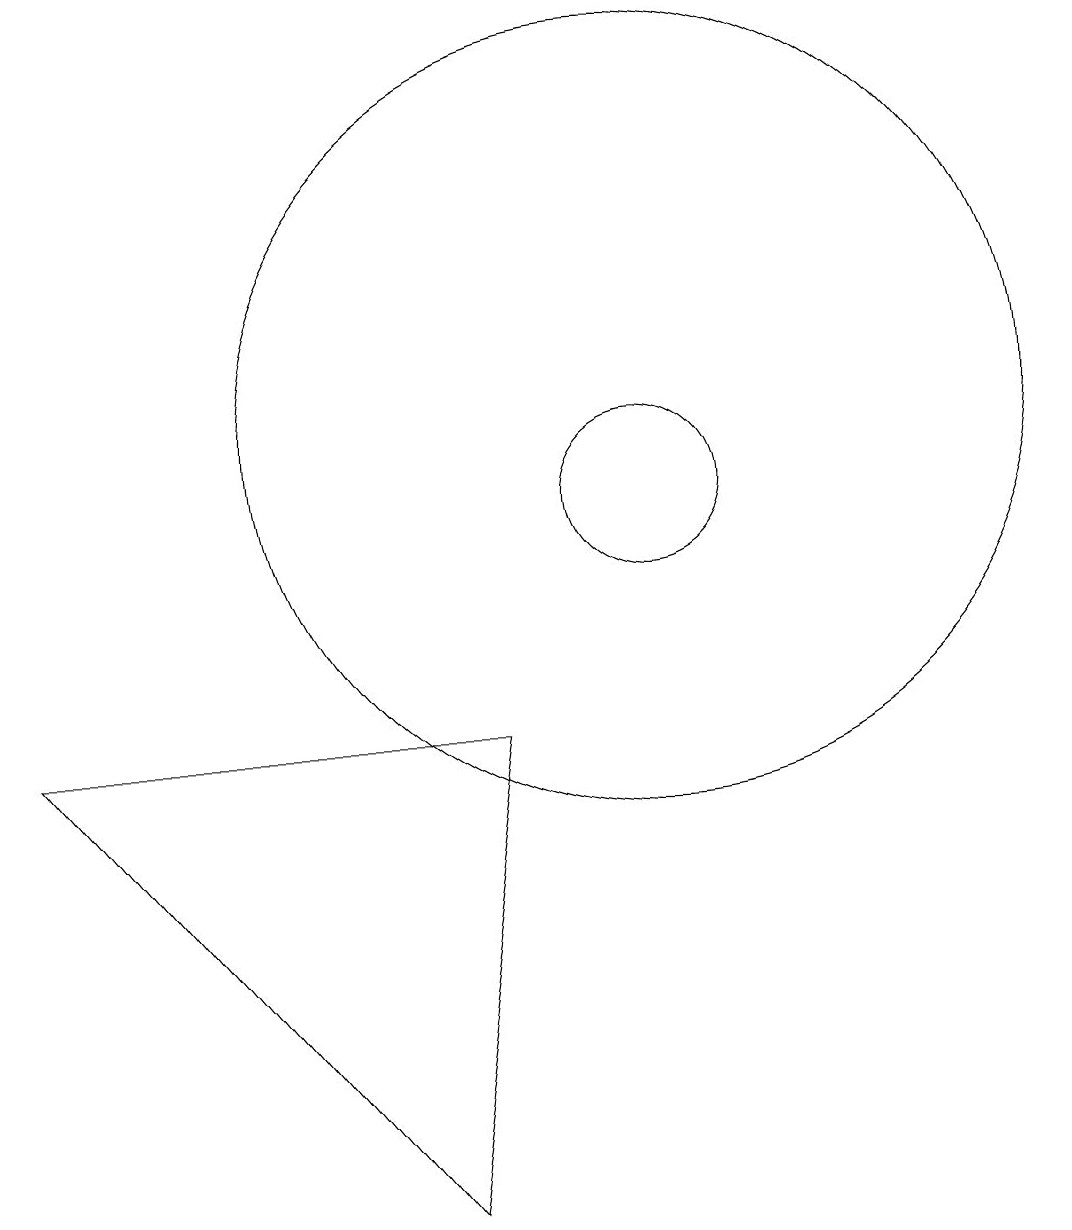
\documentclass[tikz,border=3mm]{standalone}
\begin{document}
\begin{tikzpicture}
\draw (8,1) -- (9,7) -- (3,7) -- cycle;
\draw (11,11) circle (5);
\draw (11,10) circle (1);
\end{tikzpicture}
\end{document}